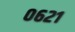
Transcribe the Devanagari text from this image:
०६२१